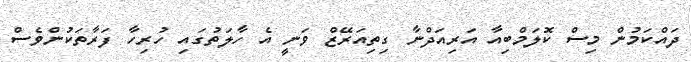
ދައްކަމުން މިސް ކޮލަމްބިއާ އަރިއަދްނާ ގިތިއަރޭޒް ވަނީ އެ ހާލަތުގައި ހުރިހާ ފަރާތަކުންވެސް